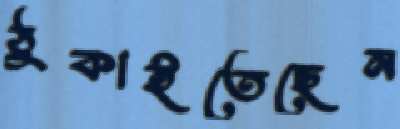
ঠুকাইতেছেন